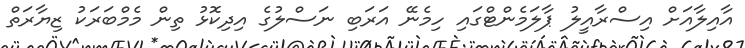
އާއިލާއަށް އިސްރާއީލު ޕާލަމެންޓްގައި ހިމެނޭ އަރަބި ނަސްލުގެ އިދިކޮޅު ތިން މެމްބަރަކު ޒިޔާރަތް